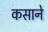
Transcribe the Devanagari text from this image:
कसाने